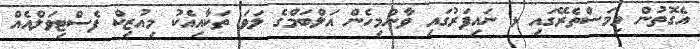
އެގޮތުން މިމަސްތެރޭގައި ޅ ނައިފަރުގައި ވާންމިހެން އަލްބަމްގެ ލަވަ ތަކާއިއެކު މިއުޒިކް ފެސްޓިވަލްއެއް